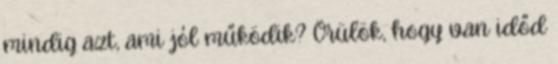
mindig azt, ami jól működik? Örülök, hogy van időd